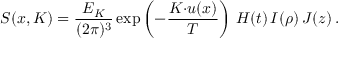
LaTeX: S ( x , K ) = \frac { E _ { K } } { ( 2 \pi ) ^ { 3 } } \exp \left( - \frac { K { \cdot } u ( x ) } { T } \right) \, H ( t ) \, I ( \rho ) \, J ( z ) \, .